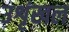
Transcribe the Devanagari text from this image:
उशृंखल